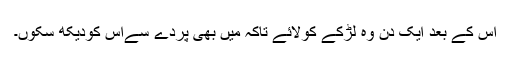
اس کے بعد ایک دن وہ لڑکے کولائے تاکہ میں بھی پردے سےاس کودیکھ سکوں۔